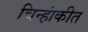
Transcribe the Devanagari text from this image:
चिन्हांकीत